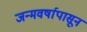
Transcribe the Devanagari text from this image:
जन्मवर्षापासून